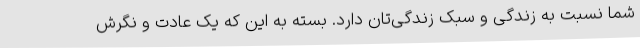
شما نسبت به زندگی و سبک زندگی‌تان دارد. بسته به این که یک عادت و نگرش